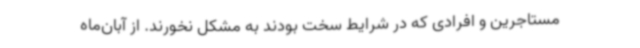
مستاجرین و افرادی که در شرایط سخت بودند به مشکل نخورند. از آبان‌ماه